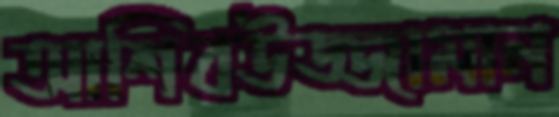
আশিবউজ্জামান